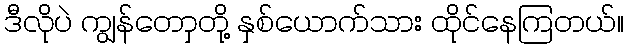
ဒီလိုပဲ ကျွန်တောှတို့ နှစ်ယောက်သား ထိုင်နေကြတယ်။